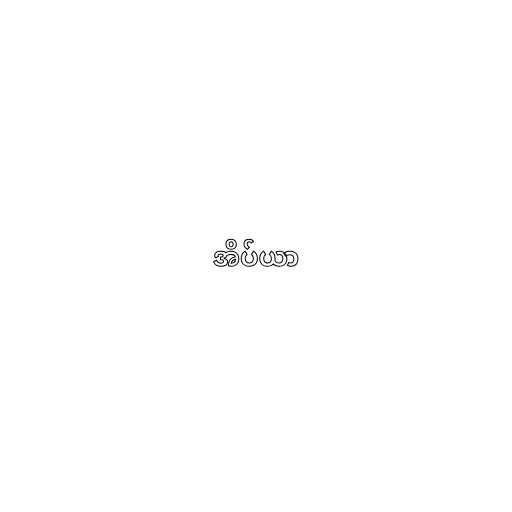
အိပ်ယာ